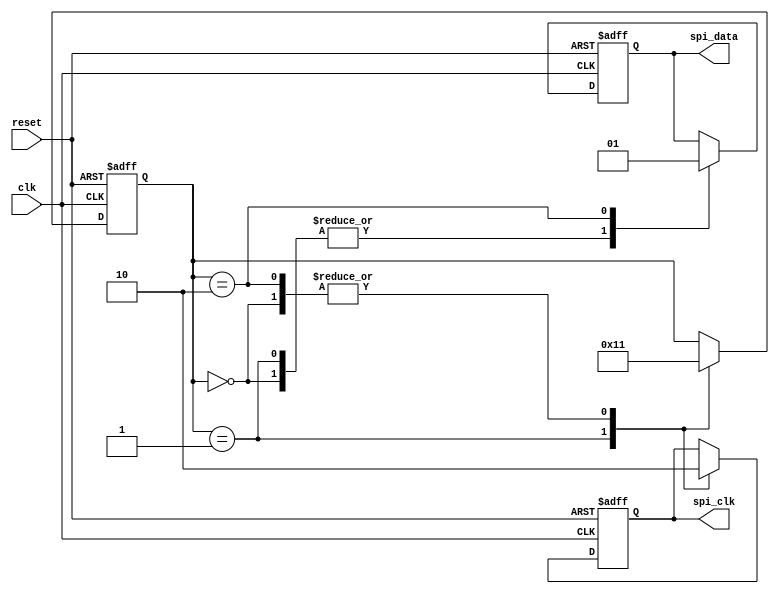
module SPI_Timing_control_and_sync (
    input wire clk,            // Input clock signal
    input wire reset,          // Reset signal
    output reg spi_clk,        // Output SPI clock signal
    output reg spi_data        // Output SPI data signal
);

reg [2:0] state;

parameter IDLE = 3'b000;
parameter SCLK_LOW = 3'b001;
parameter SCLK_HIGH = 3'b010;

always @(posedge clk or posedge reset) begin
    if (reset) begin
        state <= IDLE;
        spi_clk <= 1'b0;
        spi_data <= 1'b0;
    end else begin
        case(state)
            IDLE: begin
                state <= SCLK_LOW;
                spi_clk <= 1'b0;
                spi_data <= 1'b0;
            end
            SCLK_LOW: begin
                state <= SCLK_HIGH;
                spi_clk <= 1'b1;
                spi_data <= 1'b0;
            end
            SCLK_HIGH: begin
                state <= SCLK_LOW;
                spi_clk <= 1'b0;
                spi_data <= 1'b1;
            end
        endcase
    end
end

endmodule